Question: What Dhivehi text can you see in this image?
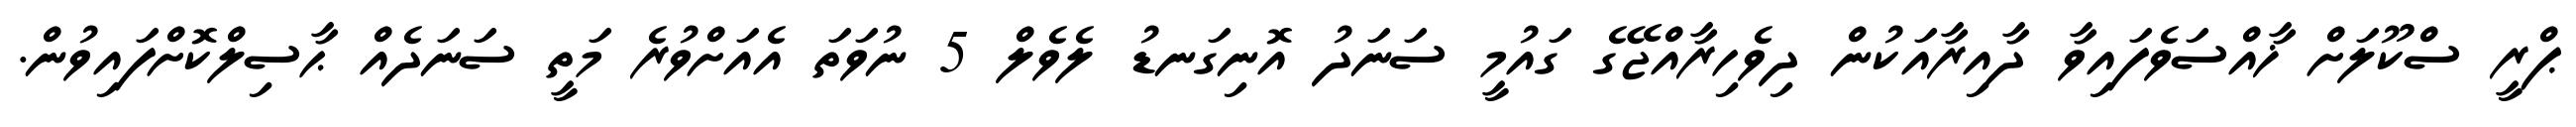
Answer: ޕްރީ ސްކޫލަށް ޚާއްސަވެފައިވާ ދާއިރާއަކުން ދިވެހިރާއްޖޭގެ ގައުމީ ސަނަދު އޮނިގަނޑު ލެވެލް 5 ނުވަތަ އެއަށްވުރެ މަތީ ސަނަދެއް ޙާސިލްކޮށްފައިވުން.